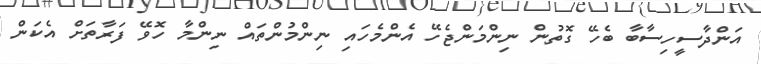
އަންދާސީހިސާބާ ބެހޭ ގޮތުން ނިންމަންޖެހޭ އެންމެހައި ނިންމުންތައް ނިންމާ ހޮވޭ ފަރާތަށް އެކަން